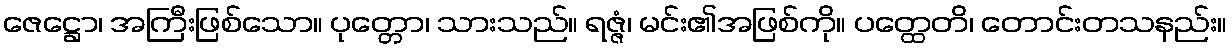
ဇေဋ္ဌော၊ အကြီးဖြစ်သော။ ပုတ္တော၊ သားသည်။ ရဇ္ဇံ၊ မင်း၏အဖြစ်ကို။ ပတ္ထေတိ၊ တောင်းတသနည်း။